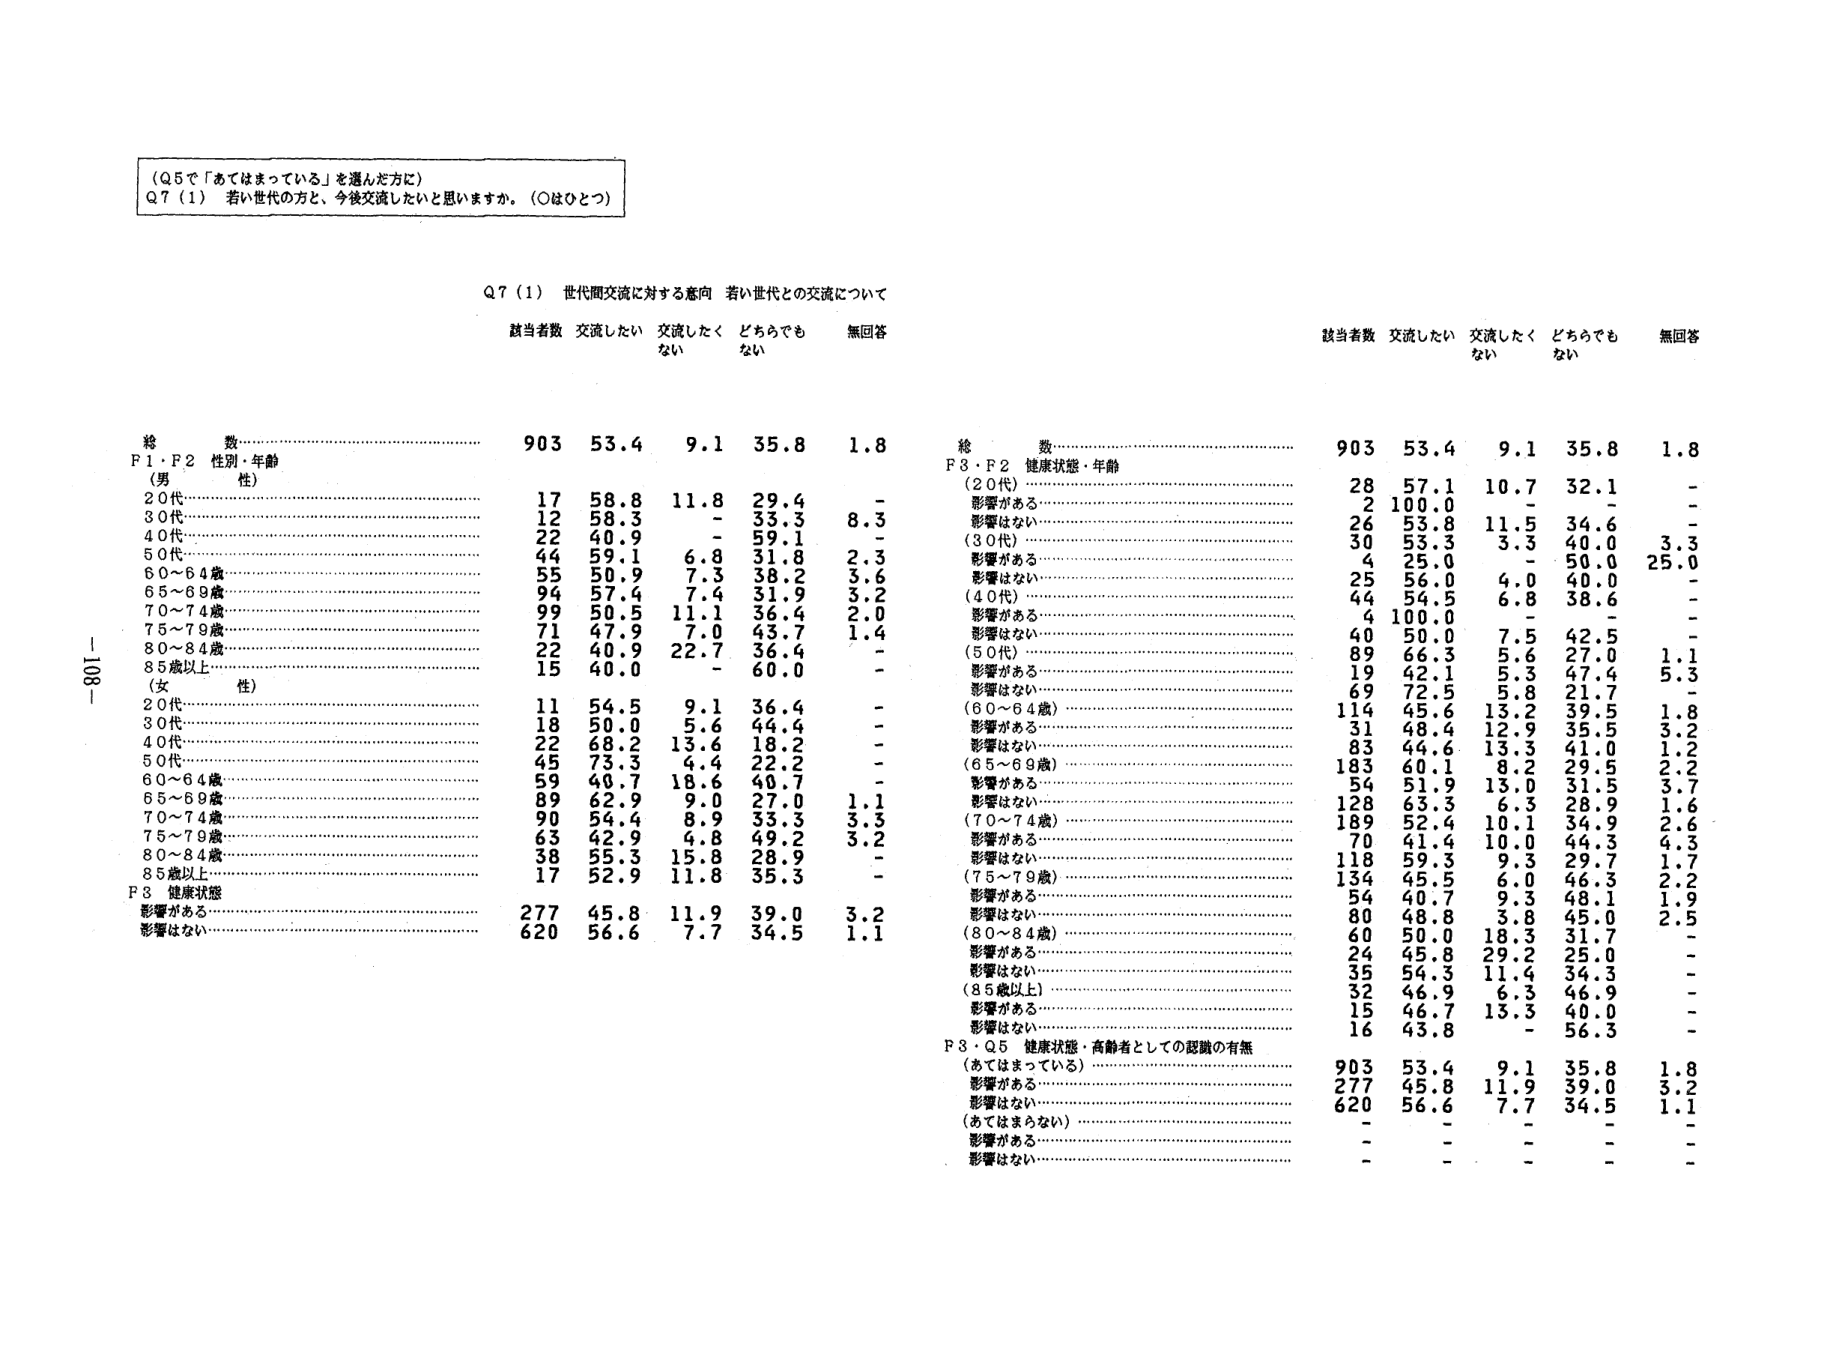
（Q5で「あてはまっている」を選んだ方に）
Q7（1） 若い世代の方と、今後交流したいと思いますか。（○はひとつ）

Q7（1） 世代間交流に対する意向 若い世代との交流について

該当者数 交流したい 交流したくない どちらでもない 無回答

総 数………………………………………………………… 903 53.4 9.1 35.8 1.8
F1・F2 性別・年齢
（男）
20代………………………………………………………… 17 58.8 11.8 29.4 -
30代………………………………………………………… 12 58.3 - 33.3 8.3
40代………………………………………………………… 22 40.9 - 59.1 -
50代………………………………………………………… 44 59.1 6.8 31.8 2.3
60～64歳…………………………………………………… 55 50.9 7.3 38.2 3.6
65～69歳…………………………………………………… 94 57.4 7.4 31.9 3.2
70～74歳…………………………………………………… 99 50.5 11.1 36.4 2.0
75～79歳…………………………………………………… 71 47.9 7.0 43.7 1.4
80～84歳…………………………………………………… 22 40.0 22.7 36.4 -
85歳以上…………………………………………………… 15 40.0 - 60.0 -
（女）
20代………………………………………………………… 11 54.5 9.1 36.4 -
30代………………………………………………………… 18 50.0 5.6 44.4 -
40代………………………………………………………… 22 68.2 13.6 18.2 -
50代………………………………………………………… 45 73.3 4.4 22.2 -
60～64歳…………………………………………………… 59 40.7 18.6 40.7 -
65～69歳…………………………………………………… 89 62.9 9.0 27.0 1.1
70～74歳…………………………………………………… 90 54.4 8.9 33.3 3.3
75～79歳…………………………………………………… 63 42.9 4.8 49.2 3.2
80～84歳…………………………………………………… 38 55.3 15.8 28.9 -
85歳以上…………………………………………………… 17 52.9 11.8 35.3 -
F3 健康状態
影響がある………………………………………………… 277 45.8 11.9 39.0 3.2
影響はない………………………………………………… 620 56.6 7.7 34.5 1.1

該当者数 交流したい 交流したくない どちらでもない 無回答

総 数………………………………………………………… 903 53.4 9.1 35.8 1.8
F3・F2 健康状態・年齢
（20代）
影響がある………………………………………………… 28 57.1 10.7 32.1 -
影響はない………………………………………………… 2 100.0 - - -
（30代）
影響がある………………………………………………… 26 53.8 11.5 34.6 -
影響はない………………………………………………… 30 53.3 3.3 40.0 3.3
（40代）
影響がある………………………………………………… 4 25.0 - 50.0 25.0
影響はない………………………………………………… 25 56.0 4.0 40.0 -
（50代）
影響がある………………………………………………… 44 54.5 6.8 38.6 -
影響はない………………………………………………… 4 100.0 - - -
（60～64歳）
影響がある………………………………………………… 40 50.0 7.5 42.5 -
影響はない………………………………………………… 89 66.3 5.6 27.0 1.1
（65～69歳）
影響がある………………………………………………… 19 42.1 5.3 47.4 5.3
影響はない………………………………………………… 69 72.5 5.8 21.7 -
（70～74歳）
影響がある………………………………………………… 114 45.6 13.2 39.5 1.8
影響はない………………………………………………… 31 48.4 12.9 35.5 3.2
（75～79歳）
影響がある………………………………………………… 83 44.6 13.3 41.0 1.2
影響はない………………………………………………… 183 60.1 8.2 29.5 2.2
（80～84歳）
影響がある………………………………………………… 54 51.9 13.0 31.5 3.7
影響はない………………………………………………… 128 63.3 6.3 28.9 1.6
（85歳以上）
影響がある………………………………………………… 189 52.4 10.1 34.9 2.6
影響はない………………………………………………… 70 41.4 10.0 44.3 4.3
（75～79歳）
影響がある………………………………………………… 118 59.3 9.3 29.7 1.7
影響はない………………………………………………… 134 45.5 6.0 46.3 2.2
（80～84歳）
影響がある………………………………………………… 54 40.7 9.3 48.1 1.9
影響はない………………………………………………… 80 48.8 3.8 45.0 2.5
（85歳以上）
影響がある………………………………………………… 60 50.0 18.3 31.7 -
影響はない………………………………………………… 24 45.8 29.2 25.0 -
（85歳以上）
影響がある………………………………………………… 35 54.3 11.4 34.3 -
影響はない………………………………………………… 32 46.9 6.3 46.9 -
（85歳以上）
影響がある………………………………………………… 15 46.7 13.3 40.0 -
影響はない………………………………………………… 16 43.8 - 56.3 -
P3・Q5 健康状態・高齢者としての認識の有無
（あてはまっている）
影響がある………………………………………………… 903 53.4 9.1 35.8 1.8
影響はない………………………………………………… 277 45.8 11.9 39.0 3.2
（あてはまらない）
影響がある………………………………………………… 620 56.6 7.7 34.5 1.1
影響はない………………………………………………… - - - - -
影響がある………………………………………………… - - - - -
影響はない………………………………………………… - - - - -